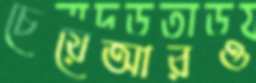
চেয়েআরও